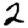
Digit: 2